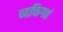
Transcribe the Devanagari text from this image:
व्यक्तिगतं